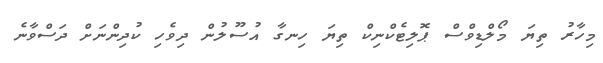
މިހާރު ތިޔަ މޯލްޑިވްސް ޕޮލިޓެކްނިކް ތިޔަ ހިނގާ އުސޫލުން ދިވެހި ކުދިންނަށް ދަސްވާނެ